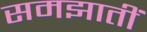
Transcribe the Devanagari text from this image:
समझातीं